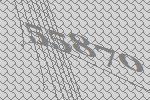
55870